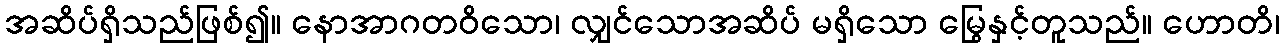
အဆိပ်ရှိသည်ဖြစ်၍။ နောအာဂတဝိသော၊ လျှင်သောအဆိပ် မရှိသော မြွေနှင့်တူသည်။ ဟောတိ၊